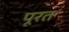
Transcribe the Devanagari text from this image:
पूरत